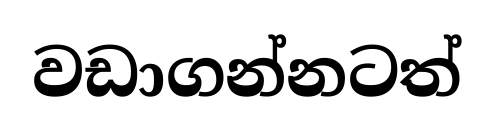
වඩාගන්නටත්